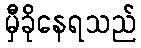
မှီခိုနေရသည်